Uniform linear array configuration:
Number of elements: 16
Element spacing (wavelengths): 0.75
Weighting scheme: hamming
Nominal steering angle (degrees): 0
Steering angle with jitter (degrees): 0.4096
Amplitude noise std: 0.05
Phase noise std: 0.05

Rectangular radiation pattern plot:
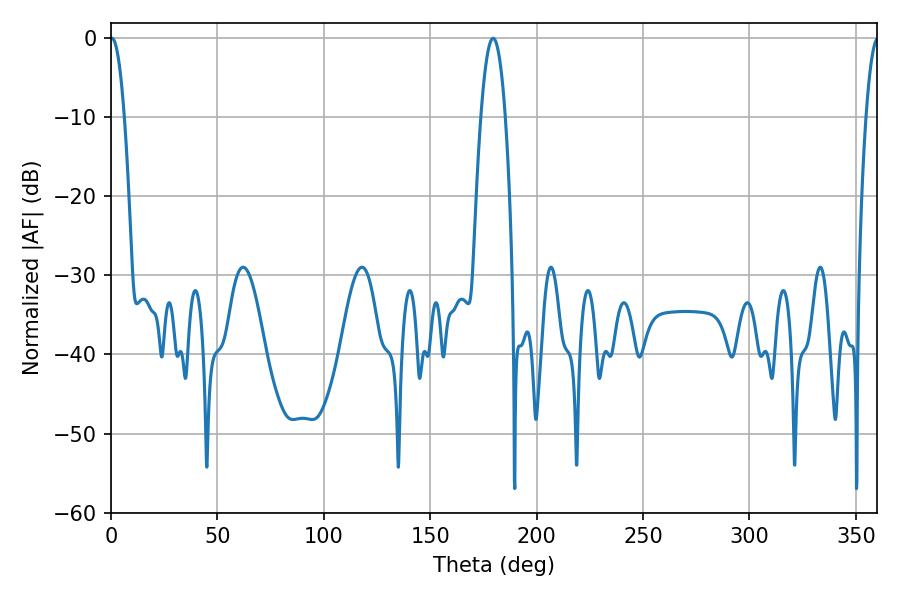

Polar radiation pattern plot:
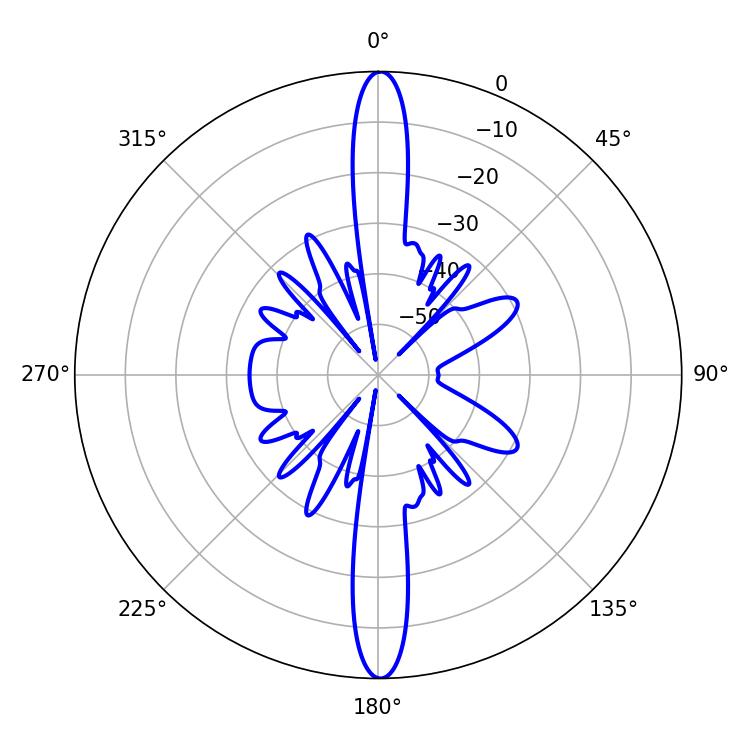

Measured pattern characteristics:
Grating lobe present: TRUE
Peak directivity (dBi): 29.864
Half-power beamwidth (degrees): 3.6
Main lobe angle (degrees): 0.36